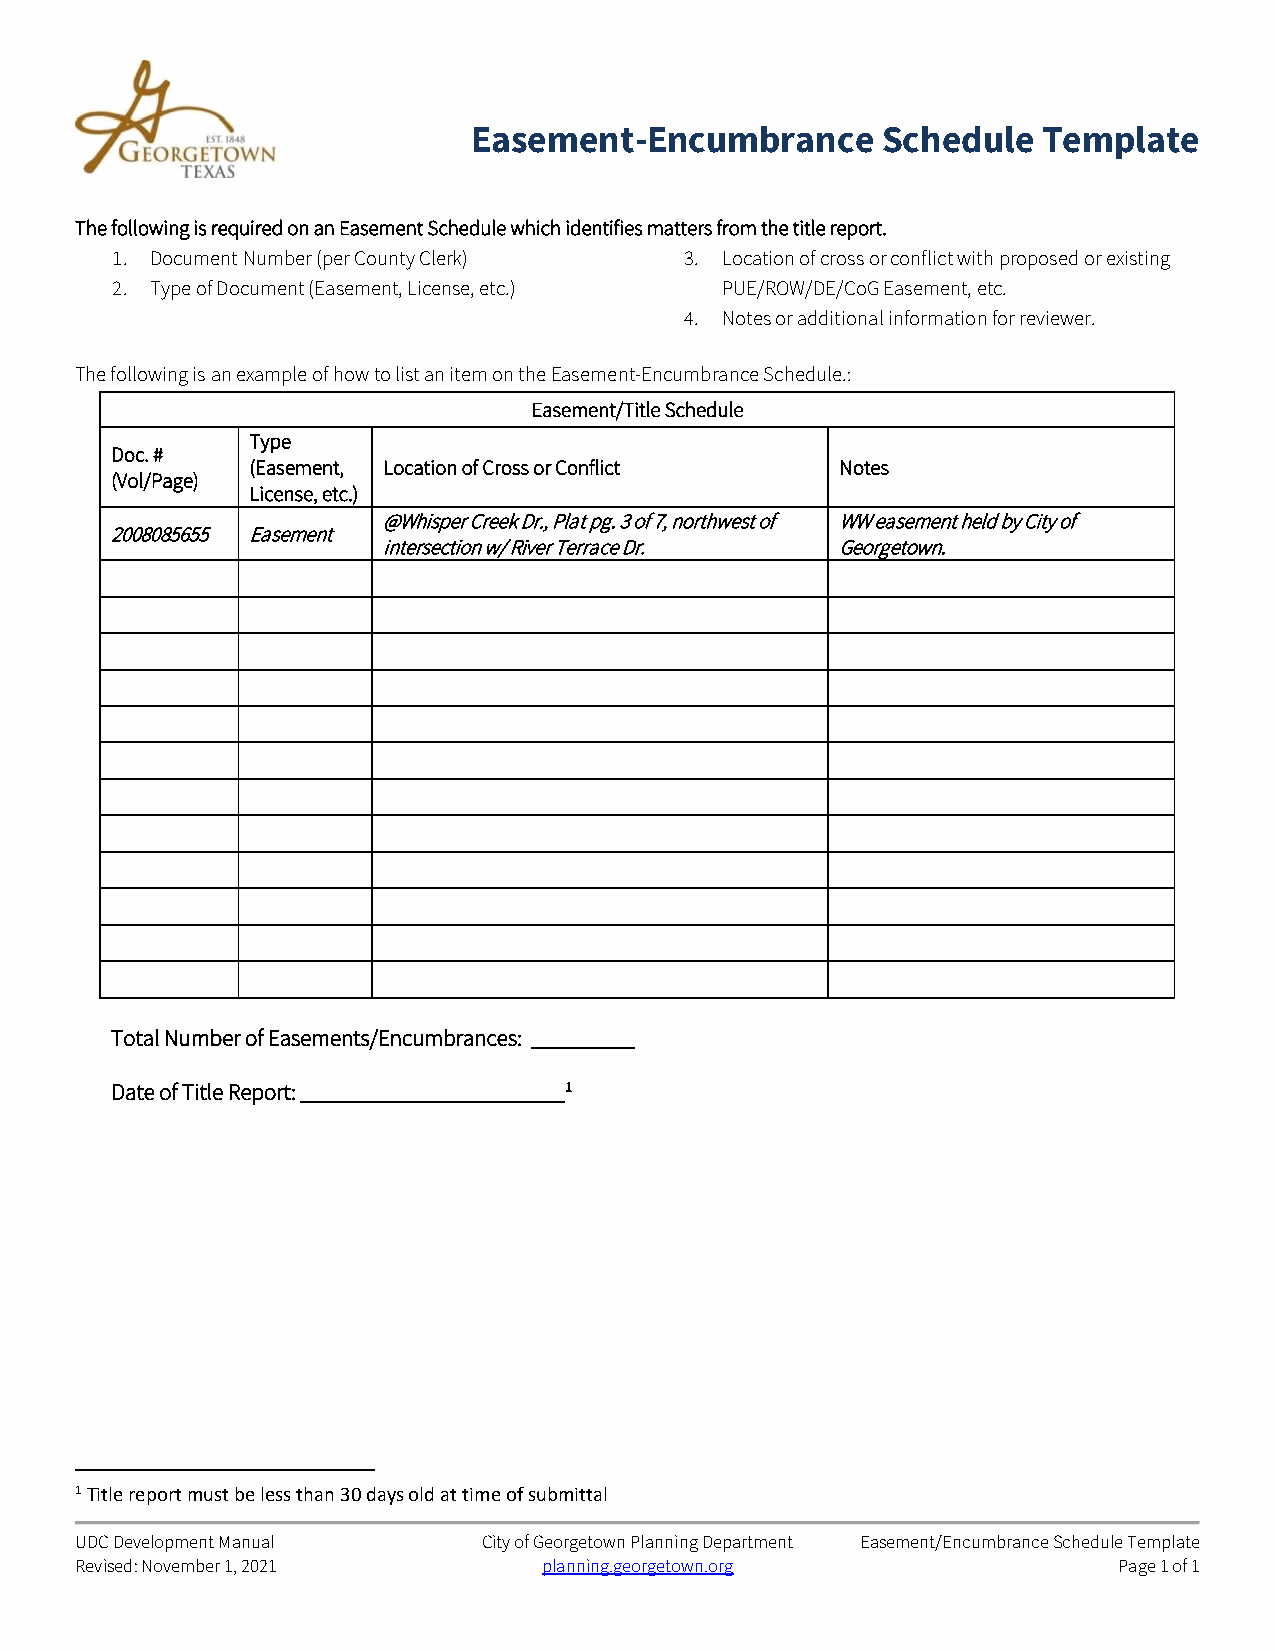
Easement-Encumbrance       Schedule   Template
 The following is required on an Easement Schedule which identifies matters from the title report.
 1. Document Number (per County Clerk) 3. Location of cross or conflict with proposed or existing
 2. Type of Document (Easement, License, etc.) PUE/ROW/DE/CoG Easement, etc.
 4. Notes or additional information for reviewer.
 The following is an example of how to list an item on the Easement-Encumbrance Schedule.:
 Easement/Title Schedule
 Type
 Doc. #
 (Easement, Location of Cross or Conflict Notes
 (Vol/Page)
 License, etc.)
 @Whisper Creek Dr., Plat pg. 3 of 7, northwest of WW easement held by City of
 2008085655 Easement
 intersection w/ River Terrace Dr. Georgetown.
 Total Number of Easements/Encumbrances: _________
 Date of Title Report: _______________________1
 1 Title report must be less than 30 days old at time of submittal
 UDC Development Manual     City of Georgetown Planning Department Easement/Encumbrance Schedule Template
 Revised: November 1, 2021      planning.georgetown.org               Page 1 of 1